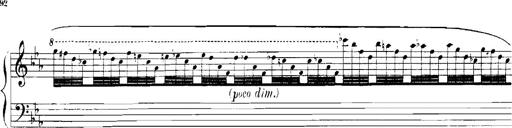
Title: Rhapsodies hongroises
Composer: Franz Liszt